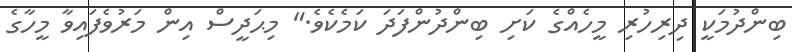
ބިންދުމަކީ ދިރިހުރި މީހެއްގެ ކަށި ބިންދުންފަދަ ކަމެކެވެ." މިޙަދީސް އިން މަރުވެފައިވާ މީހާގެ